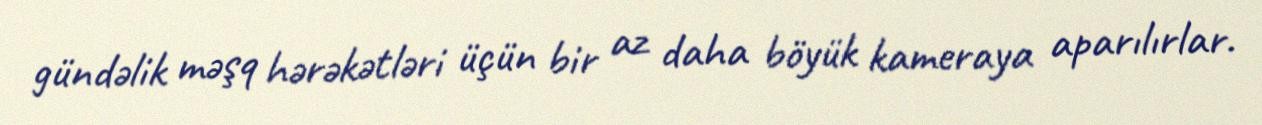
gündəlik məşq hərəkətləri üçün bir az daha böyük kameraya aparılırlar.